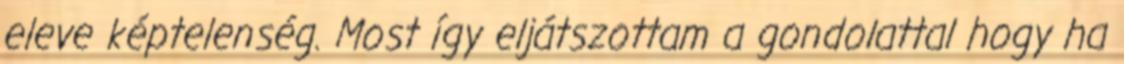
eleve képtelenség. Most így eljátszottam a gondolattal hogy ha